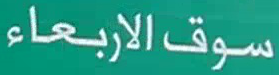
سوقالاربعاء